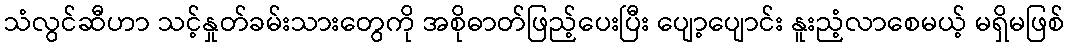
သံလွင်ဆီဟာ သင့်နှုတ်ခမ်းသားတွေကို အစိုဓာတ်ဖြည့်ပေးပြီး ပျော့ပျောင်း နူးညံ့လာစေမယ့် မရှိမဖြစ်